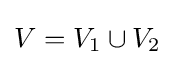
V=V_{1}\cup V_{2}